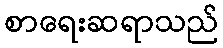
စာရေးဆရာသည်